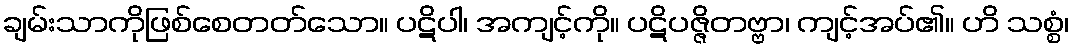
ချမ်းသာကိုဖြစ်စေတတ်သော။ ပဋိပါ၊ အကျင့်ကို။ ပဋိပဇ္ဇိတဗ္ဗာ၊ ကျင့်အပ်၏။ ဟိ သစ္စံ၊